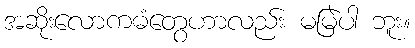
အဆိုးလောကဓံတွေဟာလည်း မမြဲပါ ဘူး။